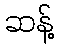
ဆန့်